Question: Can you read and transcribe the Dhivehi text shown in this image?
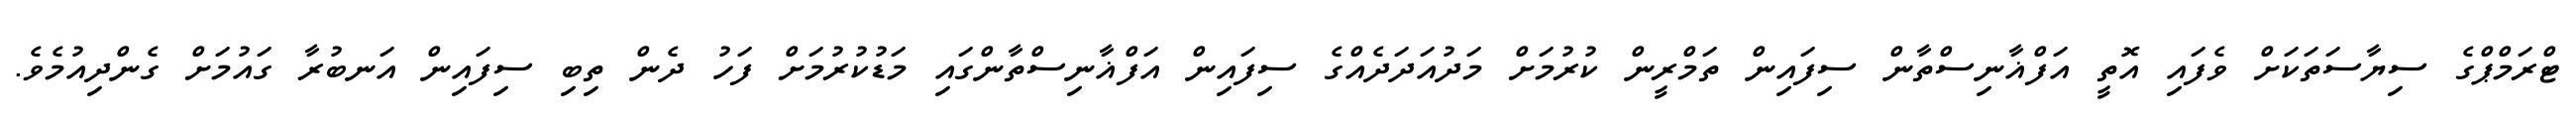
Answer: ޓްރަމްޕްގެ ސިޔާސަތަކަށް ވެފައި އޮތީ އަފްޣާނިސްތާން ސިފައިން ތަމްރީން ކުރުމަށް މަދުއަދަދެއްގެ ސިފައިން އަފްޣާނިސްތާންގައި މަޑުކުރުމަށް ފަހު ދެން ތިބި ސިފައިން އަނބުރާ ގައުމަށް ގެންދިއުމެވެ.